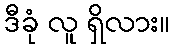
ဒီခုံ လူ ရှိလား။